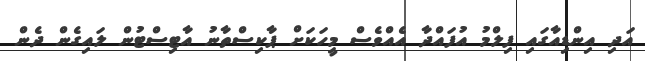
އަދި އިންޑިއާގައި ފިލްމު އުފައްދާ އެއްވެސް މީހަކަށް ޕާކިސްތާނު އާޓިސްޓުން ލައިގެން ދެން